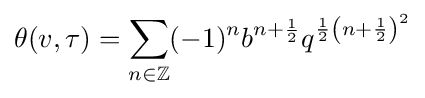
\theta (v,\tau )=\sum _{n\in \mathbb {Z} }(-1)^{n}b^{n+{\frac {1}{2}}}q^{{\frac {1}{2}}\left(n+{\frac {1}{2}}\right)^{2}}